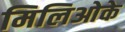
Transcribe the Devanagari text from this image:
मिलिओके